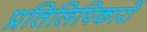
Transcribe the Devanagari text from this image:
प्रतिलिपिकारों